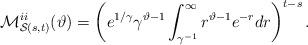
LaTeX: \begin{align*}\mathcal{M}^{ii}_{\mathcal{S}(s,t)}(\vartheta)=\left( e^{1/\gamma}\gamma^{\vartheta-1} \int_{ \gamma^{-1} }^{\infty} r^{\vartheta-1}e^{-r} dr \right)^{t-s}.\end{align*}